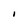
Character: I